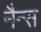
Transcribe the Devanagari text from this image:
नैन्स